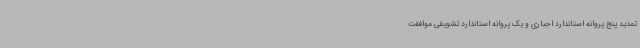
تمدید پنج پروانه استاندارد اجباری و یک پروانه استاندارد تشویقی موافقت